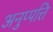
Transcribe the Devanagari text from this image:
अनुप्पत्ति